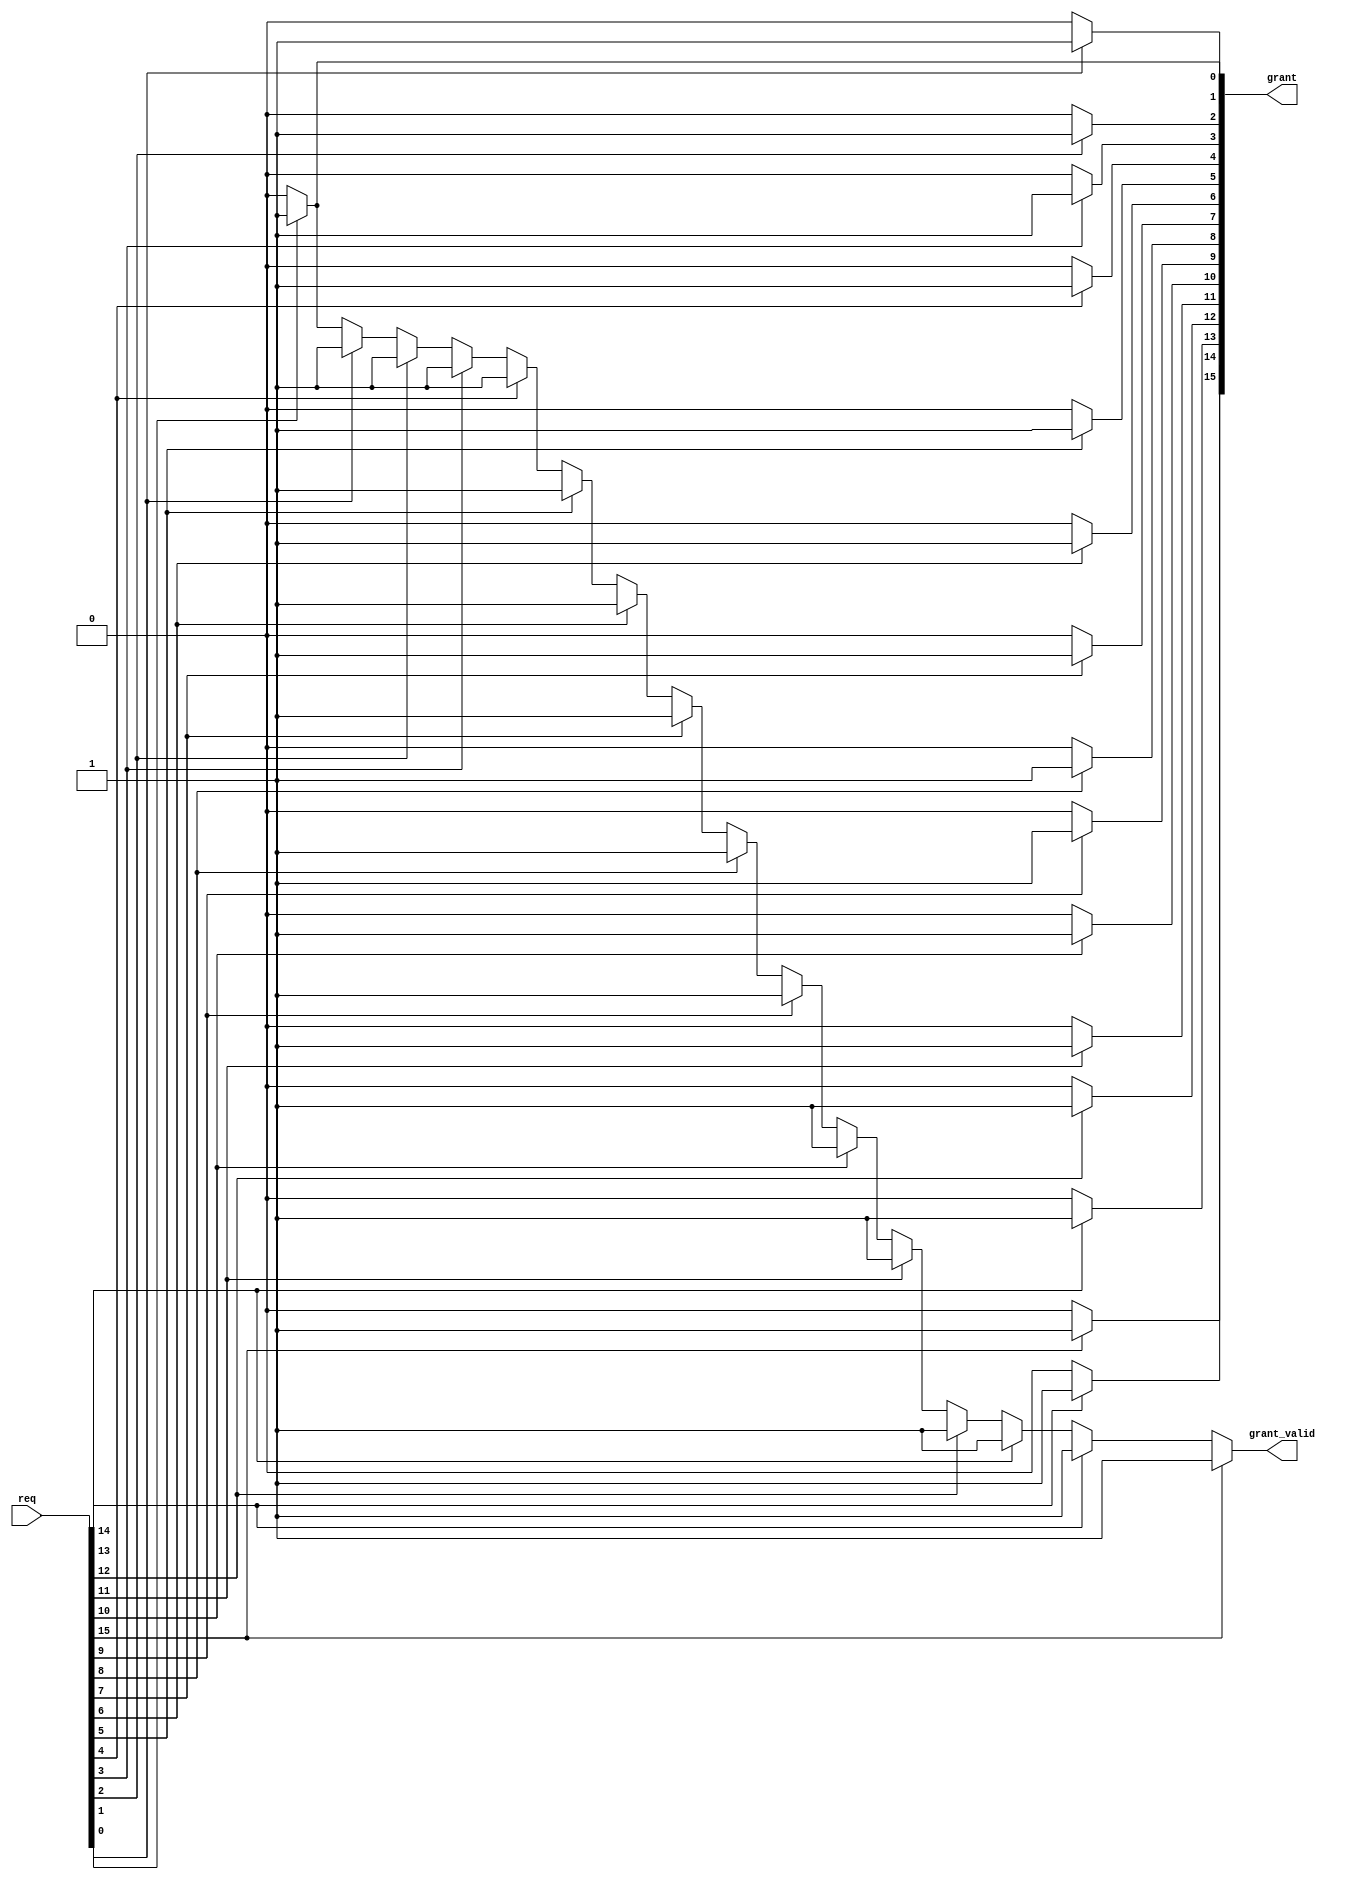
// priority arbiter
module priarb #(
  parameter WIDTH = 16
  )(
  input [WIDTH-1:0]      req,
  output reg             grant_valid,
  output reg [WIDTH-1:0] grant);

  integer i;
  always @(*) begin
    grant_valid = 0;
    grant = 0;
    for(i = 0; i < WIDTH; i=i+1)
      if(req[i]) begin
        grant_valid = 1;
        grant[i] = 1;
        i = WIDTH;
      end
  end

endmodule